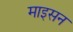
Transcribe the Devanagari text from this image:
माइसन